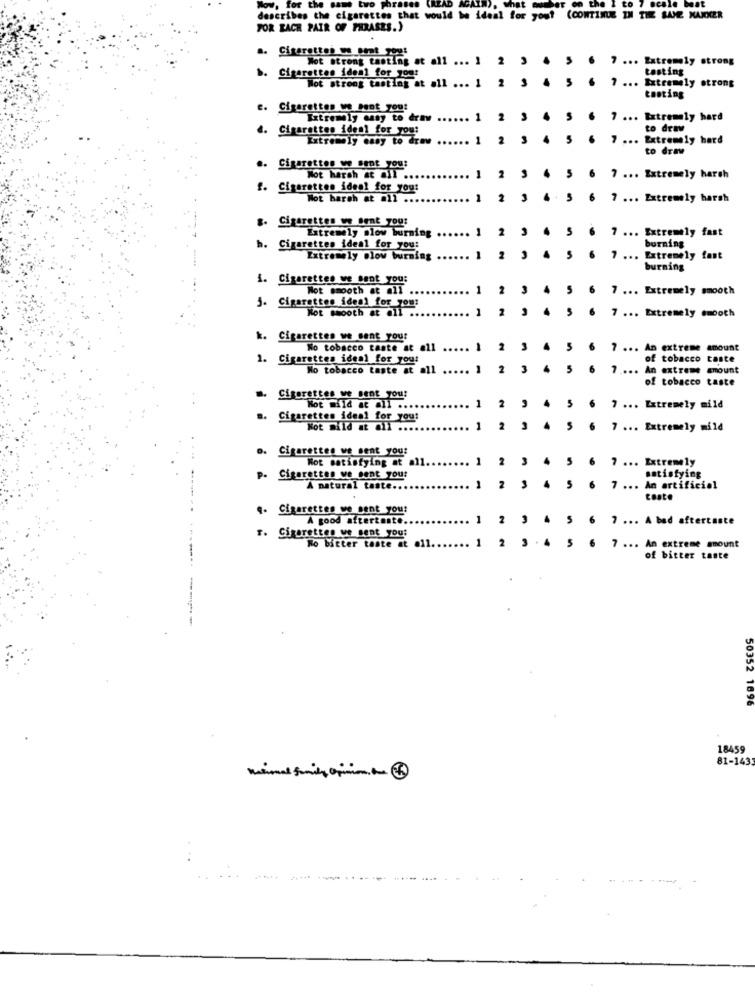
Www. for the
beat
describes the cigarettes that would be ideal for you! (CONTINUE IN THE SAME KAKKER
FOR EACH PAIR OF PHRASES.)
a. Cigarettes os_seat you!
Wot strong tasting at all ... 1
2 3
7 ... Extremely strong
testing
b. Cigarettes ideal for you!
Not strong tasting at all ... 1
2 3
7 ... Extremely strong
tasting
e. Cigarettes un Pont you:
Extremely easy to draw
2
7 ... Extremely hard
d. Cigarettes iden1 for you:
to draw
Extremely easy to draw
1
2
7 ... Extremely hard
to draw
.. Cigarettes we sent you:
Not harsh at all ...
7 ... Extremely harsh
f. Cigarettes ideal for you!
Not harsh at all ...
... Extremely harsh
8. Cigarettes we Bent you:
Extremely slow burning
1
2
7 ... Extremely fast
burning
h. Cigarettes ideal for you:
Extremely @low burning
1
7 ... Extremely fast
burning
1. Cigarettes we sent you:
Not smooth at mit
1
2
7 ... Extremely smooth
j. Cigarettes ideal for you:
Not smooth at all .
1
2
7 ... Extremely smooth
k. Cigarettes we sent you:
No tobacco taste at all
7 ... An extreme amount
1. Cigarettes ideal for you:
of tobacco taste
No tobacco taste at all
2
7 .... An extreme amount
of tobacco taste
". Cigarettes we sent you!
1
5
Not mild at all ....
2
4
6
7 ... Extremely mild
.. Cigarettes ideal for you!
Not mild at mil
1
2
6
7 ... Extremely mild
o. Cigarettes we sent you:
Mot satisfying at all.
1
2
3
5
6 7 ... Extremely
P. Cigarettes ve sent you:
satisfying
A natural taste ..
2
3
6
7 ... An artificial
conte
q- Cigarettes we sent you!
A good aftertaste.
6 7 ... A bad aftertaste
F. Cigarettes we sent you:
Ro bitter taste at oll
1
2
6
7 ... An extreme amount
of bitter taste
50352 1696
18459
81-143